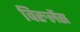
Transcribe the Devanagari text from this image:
विरुलेंस